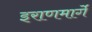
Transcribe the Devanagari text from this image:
इराणमार्गे